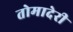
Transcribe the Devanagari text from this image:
तोमादेरी